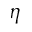
\eta